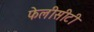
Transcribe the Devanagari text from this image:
फेलीसीटी